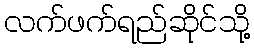
လက်ဖက်ရည်ဆိုင်သို့